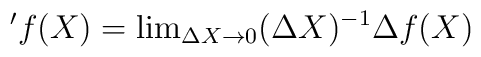
'f(X) = \mbox{lim}_{\Delta X\rightarrow 0} (\Delta X)^{-1}\Delta f(X)